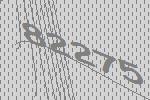
82275